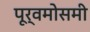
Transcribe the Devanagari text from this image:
पूर्वमोसमी